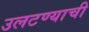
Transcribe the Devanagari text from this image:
उलटण्याची